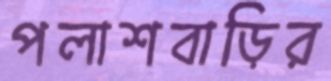
পলাশবাড়ির